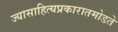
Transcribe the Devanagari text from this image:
ज्यासाहित्यप्रकारातमोडते